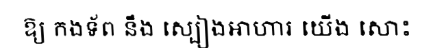
ឱ្យ កងទ័ព នឹង ស្បៀងអាហារ យើង សោះ